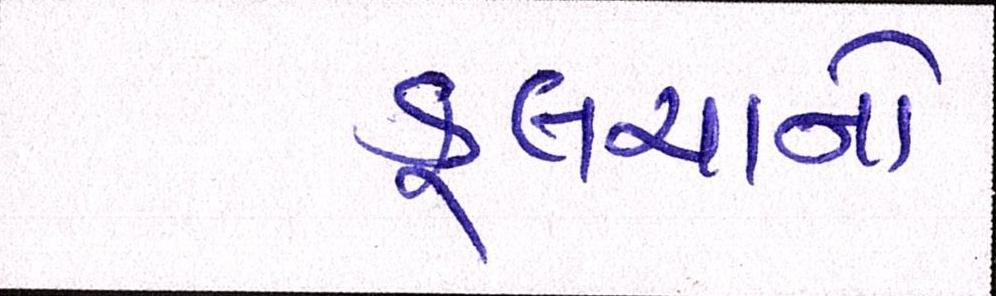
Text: કુલચાનો